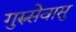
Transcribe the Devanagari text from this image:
गुरुसेवासु